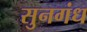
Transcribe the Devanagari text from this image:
सुनगंध